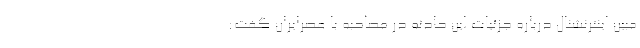
مبین اینترنشنال درباره جزئیات این حادثه در مصاحبه با عصرایران گفت: